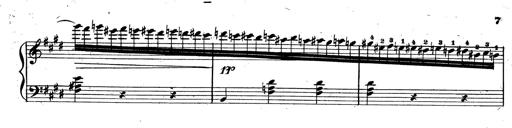
Title: 3 Caprices-Valses
Composer: Franz Liszt